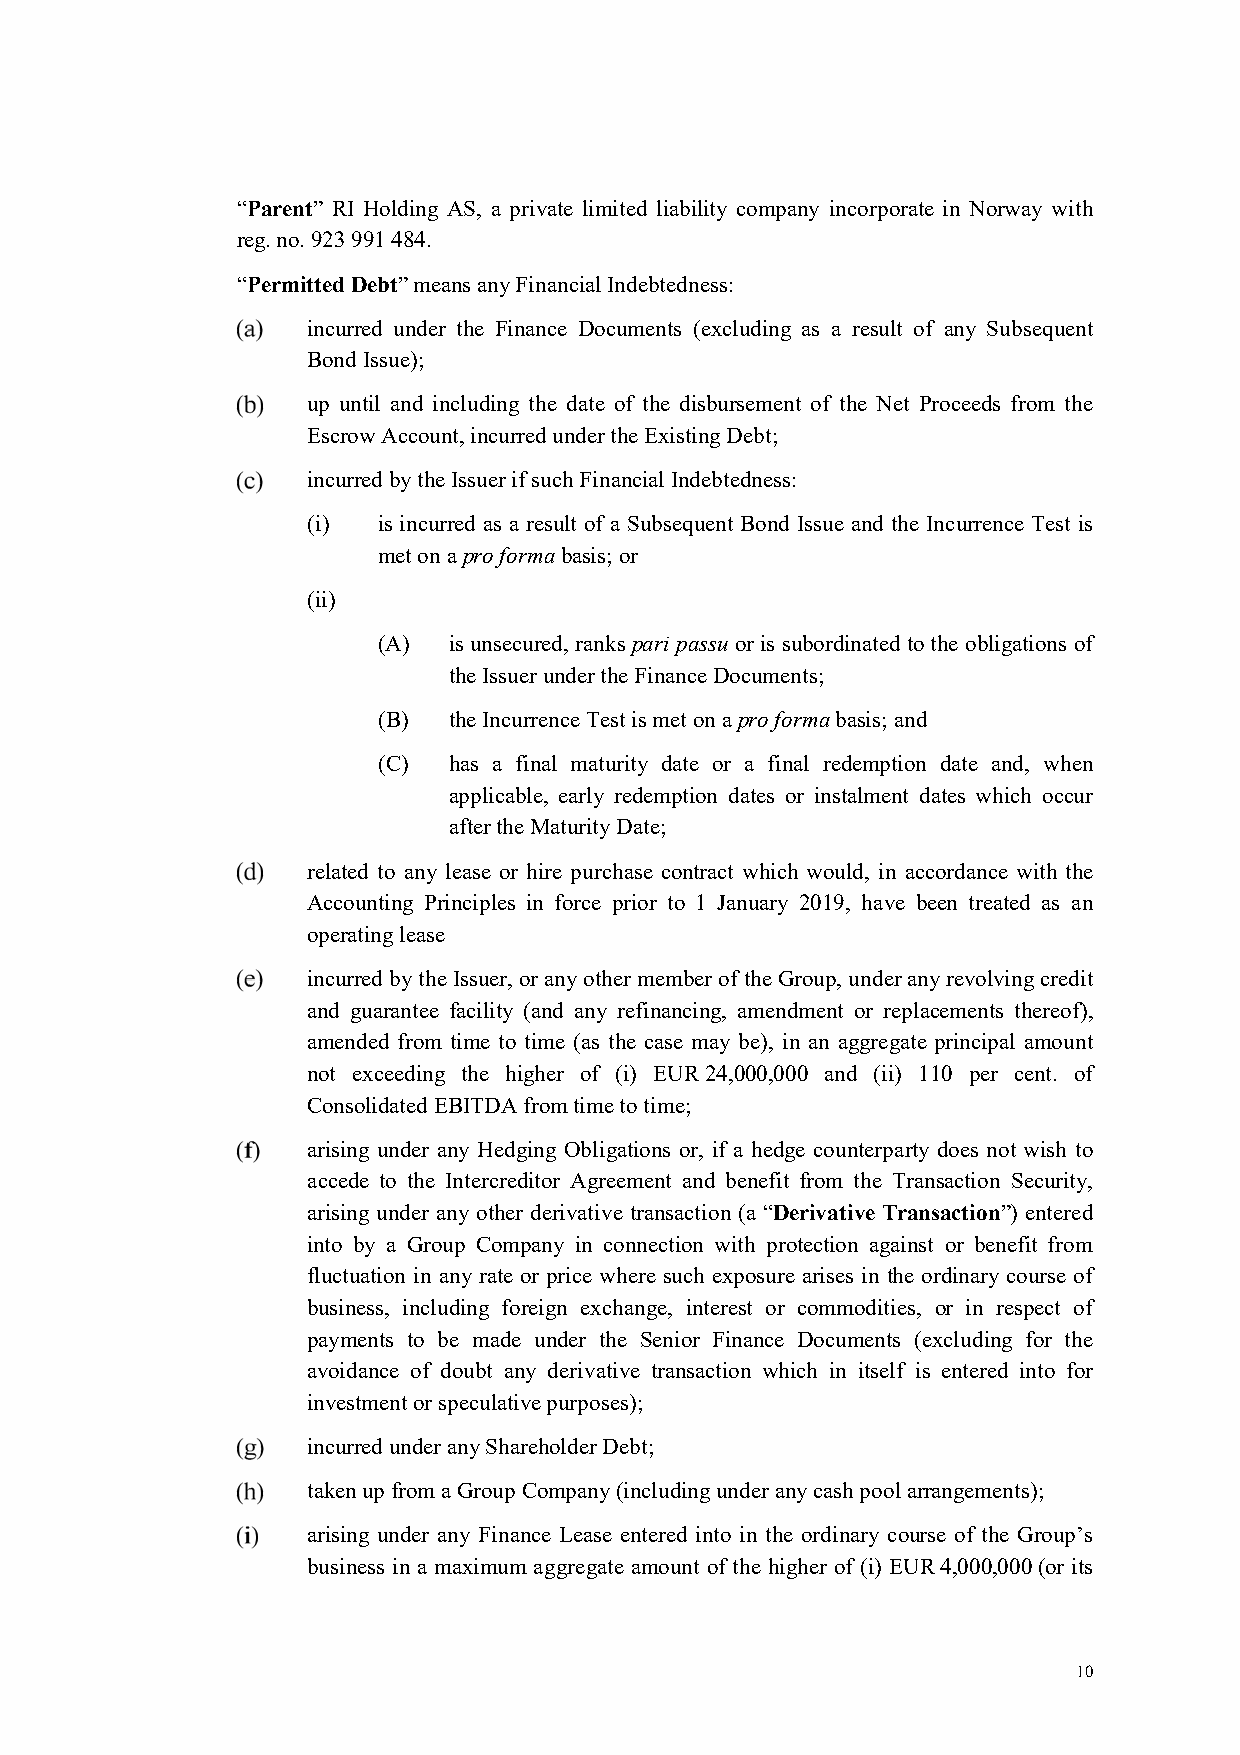
“Parent” RI Holding AS, a private limited liability company incorporate in Norway with
 reg. no. 923 991 484.
 “Permitted Debt” means any Financial Indebtedness:
 incurred under the Finance Documents (excluding as a result of any Subsequent
 Bond Issue);
 up until and including the date of the disbursement of the Net Proceeds from the
 Escrow Account, incurred under the Existing Debt;
 incurred by the Issuer if such Financial Indebtedness:
 (i)  is incurred as a result of a Subsequent Bond Issue and the Incurrence Test is
 met on a pro forma basis; or
 (ii)
 (A)  is unsecured, ranks pari passu or is subordinated to the obligations of
 the Issuer under the Finance Documents;
 (B)  the Incurrence Test is met on a pro forma basis; and
 (C)  has a final maturity date or a final redemption date and, when
 applicable, early redemption dates or instalment dates which occur
 after the Maturity Date;
 related to any lease or hire purchase contract which would, in accordance with the
 Accounting Principles in force prior to 1 January 2019, have been treated as an
 operating lease
 incurred by the Issuer, or any other member of the Group, under any revolving credit
 and guarantee facility (and any refinancing, amendment or replacements thereof),
 amended from time to time (as the case may be), in an aggregate principal amount
 not exceeding the higher of (i) EUR 24,000,000 and (ii) 110 per cent. of
 Consolidated EBITDA from time to time;
 arising under any Hedging Obligations or, if a hedge counterparty does not wish to
 accede to the Intercreditor Agreement and benefit from the Transaction Security,
 arising under any other derivative transaction (a “Derivative Transaction”) entered
 into by a Group Company in connection with protection against or benefit from
 fluctuation in any rate or price where such exposure arises in the ordinary course of
 business, including foreign exchange, interest or commodities, or in respect of
 payments to be made under the Senior Finance Documents (excluding for the
 avoidance of doubt any derivative transaction which in itself is entered into for
 investment or speculative purposes);
 incurred under any Shareholder Debt;
 taken up from a Group Company (including under any cash pool arrangements);
 arising under any Finance Lease entered into in the ordinary course of the Group’s
 business in a maximum aggregate amount of the higher of (i) EUR 4,000,000 (or its
 10